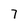
Character: 7